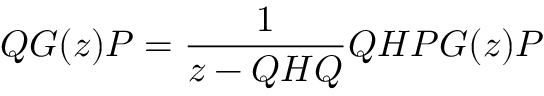
Q G ( z ) P = \frac { 1 } { z - Q H Q } Q H P G ( z ) P